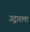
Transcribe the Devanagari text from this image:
उद्गारला